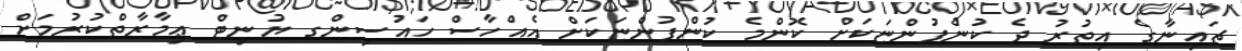
ޗައިނާގެ އިތުރު ދެ ކުންފުންޏަކަށް ކޮންމެ ކުންފުންޏަކަށް އެއްހާސް ހައުސިންގ ޔުނިޓް ޢިމާރާތްކުރުމަށް